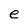
Character: e